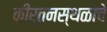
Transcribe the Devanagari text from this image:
कीर्तनस्थळाचे